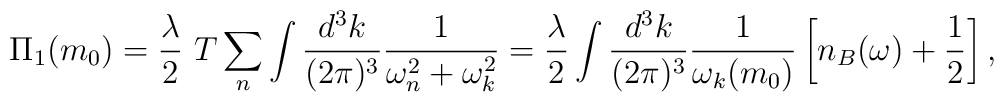
\Pi_1 (m_0)= \frac {\lambda}{2}~T \sum \limits_n \int \frac{d^3 k}{(2 \pi)^3} \frac{1}{\omega_n ^2 + \omega_k^2}= \frac{\lambda}{2} \int \frac{d^3 k}{(2 \pi)^3} \frac{1}{\omega_k(m_0)} \left[ n_B(\omega) + \frac{1}{2} \right],